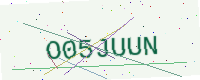
Text: O05JUUN